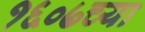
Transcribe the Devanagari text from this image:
१६०७च्या